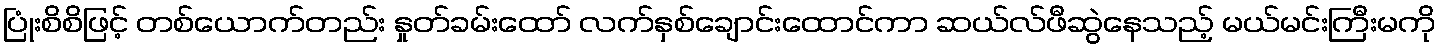
ပြုံးစိစိဖြင့် တစ်ယောက်တည်း နှုတ်ခမ်းထော် လက်နှစ်ချောင်းထောင်ကာ ဆယ်လ်ဖီဆွဲနေသည့် မယ်မင်းကြီးမကို